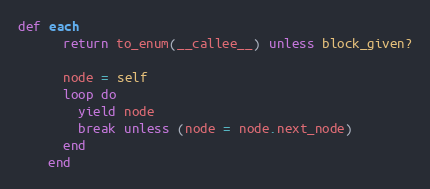
Language: Ruby
def each
      return to_enum(__callee__) unless block_given?

      node = self
      loop do
        yield node
        break unless (node = node.next_node)
      end
    end